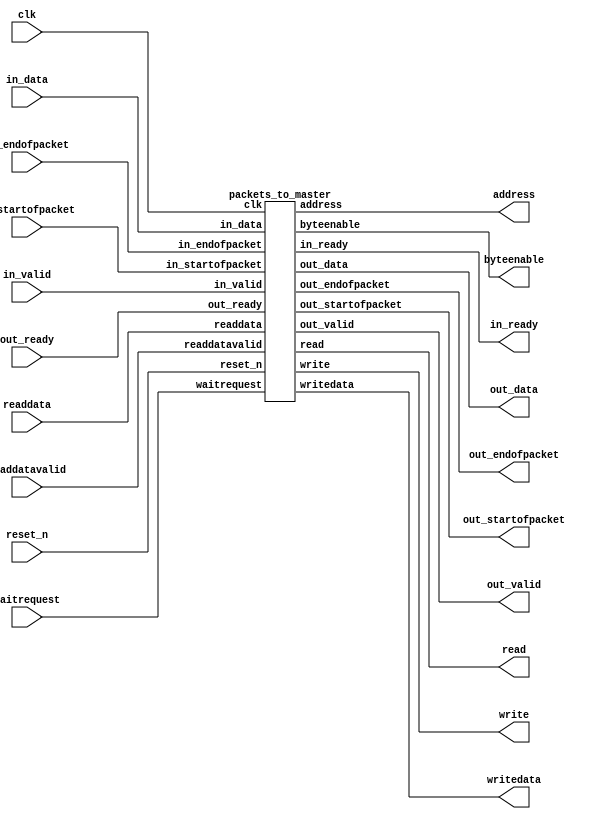
// (C) 2001-2018 Intel Corporation. All rights reserved.
// Your use of Intel Corporation's design tools, logic functions and other 
// software and tools, and its AMPP partner logic functions, and any output 
// files from any of the foregoing (including device programming or simulation 
// files), and any associated documentation or information are expressly subject 
// to the terms and conditions of the Intel Program License Subscription 
// Agreement, Intel FPGA IP License Agreement, or other applicable 
// license agreement, including, without limitation, that your use is for the 
// sole purpose of programming logic devices manufactured by Intel and sold by 
// Intel or its authorized distributors.  Please refer to the applicable 
// agreement for further details.


// --------------------------------------------------------------------------------
//| Avalon ST Packets to MM Master Transaction Component
// --------------------------------------------------------------------------------

`timescale 1ns / 100ps
// --------------------------------------------------------------------------------
//| Fast Transaction Master
// --------------------------------------------------------------------------------
module altera_avalon_packets_to_master (
    // Interface: clk
      input wire             clk,
      input wire             reset_n,
      // Interface: ST in
      output wire         in_ready,
      input  wire         in_valid,
      input  wire [ 7: 0] in_data,
      input  wire         in_startofpacket,
      input  wire         in_endofpacket,

      // Interface: ST out 
      input  wire         out_ready,
      output wire         out_valid,
      output wire [ 7: 0] out_data,
      output wire         out_startofpacket,
      output wire         out_endofpacket,

      // Interface: MM out
      output wire [31: 0] address,
      input  wire [31: 0] readdata,
      output wire         read,
      output wire         write,
      output wire [ 3: 0] byteenable,
      output wire [31: 0] writedata,
      input  wire         waitrequest,
      input  wire         readdatavalid
);

    wire [ 35: 0] fifo_readdata;
    wire          fifo_read;
    wire          fifo_empty;
    wire [ 35: 0] fifo_writedata;
    wire          fifo_write;
    wire          fifo_write_waitrequest;
    
   // ---------------------------------------------------------------------
   //| Parameter Declarations
   // ---------------------------------------------------------------------
   parameter EXPORT_MASTER_SIGNALS = 0;
   parameter FIFO_DEPTHS           = 2;
   parameter FIFO_WIDTHU           = 1;
   parameter FAST_VER              = 0;
   
   generate
       if (FAST_VER) begin
            packets_to_fifo p2f (
                .clk                 (clk),
                .reset_n             (reset_n),
                .in_ready            (in_ready),
                .in_valid            (in_valid),
                .in_data             (in_data),
                .in_startofpacket    (in_startofpacket),
                .in_endofpacket      (in_endofpacket),
                .address             (address),
                .readdata            (readdata),
                .read                (read),
                .write               (write),
                .byteenable          (byteenable),
                .writedata           (writedata),
                .waitrequest         (waitrequest),
                .readdatavalid       (readdatavalid),
                .fifo_writedata      (fifo_writedata),
                .fifo_write          (fifo_write),
                .fifo_write_waitrequest (fifo_write_waitrequest)
            );
            
            fifo_to_packet f2p (
                .clk                 (clk),
                .reset_n             (reset_n),
                .out_ready           (out_ready),
                .out_valid           (out_valid),
                .out_data            (out_data),
                .out_startofpacket   (out_startofpacket),
                .out_endofpacket     (out_endofpacket),
                .fifo_readdata       (fifo_readdata),
                .fifo_read           (fifo_read),
                .fifo_empty          (fifo_empty)
            );
            
            fifo_buffer #(
                .FIFO_DEPTHS(FIFO_DEPTHS),
                .FIFO_WIDTHU(FIFO_WIDTHU)
            ) fb (
                .wrclock                          (clk),
                .reset_n                          (reset_n),
                .avalonmm_write_slave_writedata   (fifo_writedata),  
                .avalonmm_write_slave_write       (fifo_write),      
                .avalonmm_write_slave_waitrequest (fifo_write_waitrequest),
                .avalonmm_read_slave_readdata     (fifo_readdata),  
                .avalonmm_read_slave_read         (fifo_read),      
                .avalonmm_read_slave_waitrequest  (fifo_empty)
            );
       end else begin
           packets_to_master p2m (
                .clk                 (clk),
                .reset_n             (reset_n),
                .in_ready            (in_ready),
                .in_valid            (in_valid),
                .in_data             (in_data),
                .in_startofpacket    (in_startofpacket),
                .in_endofpacket      (in_endofpacket),
                .address             (address),
                .readdata            (readdata),
                .read                (read),
                .write               (write),
                .byteenable          (byteenable),
                .writedata           (writedata),
                .waitrequest         (waitrequest),
                .readdatavalid       (readdatavalid),
                .out_ready           (out_ready),
                .out_valid           (out_valid),
                .out_data            (out_data),
                .out_startofpacket   (out_startofpacket),
                .out_endofpacket     (out_endofpacket)
            );
       end
   endgenerate
endmodule

module packets_to_fifo (

      // Interface: clk
      input              clk,
      input              reset_n,
      // Interface: ST in
      output reg         in_ready,
      input              in_valid,
      input      [ 7: 0] in_data,
      input              in_startofpacket,
      input              in_endofpacket,

      // Interface: MM out
      output reg [31: 0] address,
      input      [31: 0] readdata,
      output reg         read,
      output reg         write,
      output reg [ 3: 0] byteenable,
      output reg [31: 0] writedata,
      input              waitrequest,
      input              readdatavalid,
      
      // Interface: FIFO
      // FIFO data format:
      // | sop, eop, [1:0]valid, [31:0]data |
      output reg [ 35: 0] fifo_writedata,
      output reg        fifo_write,
      input wire        fifo_write_waitrequest
);

   // ---------------------------------------------------------------------
   //| Command Declarations
   // ---------------------------------------------------------------------
   localparam CMD_WRITE_NON_INCR = 8'h00;
   localparam CMD_WRITE_INCR     = 8'h04;
   localparam CMD_READ_NON_INCR  = 8'h10;
   localparam CMD_READ_INCR      = 8'h14;
   
   // ---------------------------------------------------------------------
   //| Signal Declarations
   // ---------------------------------------------------------------------

   reg  [ 3: 0]  state;
   reg  [ 7: 0]  command;
   reg  [ 1: 0]  current_byte, byte_avail;
   reg  [ 15: 0] counter;
   reg  [ 31: 0] read_data_buffer;
   reg  [ 31: 0] fifo_data_buffer;
   reg           in_ready_0;
   reg           first_trans, last_trans, fifo_sop;
   reg  [ 3: 0]  unshifted_byteenable;
   wire enable;

   localparam READY           = 4'b0000,
              GET_EXTRA       = 4'b0001,
              GET_SIZE1       = 4'b0010,
              GET_SIZE2       = 4'b0011,
              GET_ADDR1       = 4'b0100,
              GET_ADDR2       = 4'b0101,
              GET_ADDR3       = 4'b0110,
              GET_ADDR4       = 4'b0111,
              GET_WRITE_DATA  = 4'b1000,
              WRITE_WAIT      = 4'b1001,
              READ_ASSERT     = 4'b1010,
              READ_CMD_WAIT   = 4'b1011,
              READ_DATA_WAIT  = 4'b1100,
              PUSH_FIFO       = 4'b1101,
              PUSH_FIFO_WAIT  = 4'b1110,
              FIFO_CMD_WAIT   = 4'b1111;
   // ---------------------------------------------------------------------
   //| Thingofamagick
   // ---------------------------------------------------------------------

   assign enable = (in_ready & in_valid);

   always @* begin
      in_ready = in_ready_0;      
   end
   
   always @(posedge clk or negedge reset_n) begin
      if (!reset_n) begin
            in_ready_0          <= 1'b0;
            fifo_writedata      <=  'b0;
            fifo_write          <= 1'b0;
            fifo_sop            <= 1'b0;
            read                <= 1'b0;
            write               <= 1'b0;
            byteenable          <=  'b0;
            writedata           <=  'b0;
            address             <=  'b0;
            counter             <=  'b0;
            command             <=  'b0;
            first_trans         <= 1'b0;
            last_trans          <= 1'b0;
            state               <=  'b0;
            current_byte        <=  'b0;
            read_data_buffer    <=  'b0;
            unshifted_byteenable <= 'b0;
            byte_avail          <=  'b0;
            fifo_data_buffer    <=  'b0;
      end else begin
            address[1:0]      <= 'b0;
            in_ready_0 <= 1'b0;
            
            if (counter > 3)       unshifted_byteenable <= 4'b1111;
            else if (counter == 3) unshifted_byteenable <= 4'b0111;
            else if (counter == 2) unshifted_byteenable <= 4'b0011;
            else if (counter == 1) unshifted_byteenable <= 4'b0001;

            case (state)
              READY : begin
                   in_ready_0        <= !fifo_write_waitrequest;
                   fifo_write        <= 1'b0;
              end
              GET_EXTRA : begin
                   in_ready_0        <= 1'b1;
                   byteenable        <=  'b0;
                   if (enable) state <= GET_SIZE1;
              end

              GET_SIZE1 : begin
                   in_ready_0        <= 1'b1;
                   //load counter on reads only
                   counter[15:8]     <= command[4]?in_data:8'b0;
                   if (enable) state <= GET_SIZE2;
              end

              GET_SIZE2 : begin
                   in_ready_0        <= 1'b1;
                   //load counter on reads only
                   counter[7:0]      <= command[4]?in_data:8'b0;
                   if (enable) state <= GET_ADDR1;
              end
              
              GET_ADDR1 : begin
                in_ready_0        <= 1'b1;
                first_trans       <= 1'b1;
                last_trans        <= 1'b0;
                address[31:24]    <= in_data;
                if (enable) state <= GET_ADDR2;
              end

              GET_ADDR2 : begin
                in_ready_0        <= 1'b1;
                address[23:16]    <= in_data;
                if (enable) state <= GET_ADDR3;
              end

              GET_ADDR3 : begin
                in_ready_0        <= 1'b1;
                address[15:8]     <= in_data;
                if (enable) state <= GET_ADDR4;
              end

              GET_ADDR4 : begin
                in_ready_0        <= 1'b1;
                address[7:2]      <= in_data[7:2];
                current_byte      <= in_data[1:0];
                if (enable) begin
                      if (command == CMD_WRITE_NON_INCR | command == CMD_WRITE_INCR) begin
                        state <= GET_WRITE_DATA; //writes
                        in_ready_0 <= 1'b1;
                      end
                      else if (command == CMD_READ_NON_INCR | command == CMD_READ_INCR) begin
                        state   <= READ_ASSERT; //reads
                        in_ready_0 <= 1'b0;
                      end
                      else begin
                        //nops
                        //treat all unrecognized commands as nops as well
                        in_ready_0          <= 1'b0;
                        state <= FIFO_CMD_WAIT; 
                        //| sop, eop, [1:0]valid, [31:0]data            |
                        //|  1 ,  1 ,  2'b11  ,{counter,reserved_byte}|
                        fifo_writedata[7:0] <= (8'h80 | command);
                        fifo_writedata[35:8]<= {4'b1111,counter[7:0],counter[15:8],8'b0};
                        fifo_write          <= 1'b1;    
                        counter             <= 0;
                      end
                end
              end

              GET_WRITE_DATA : begin
                        in_ready_0 <= 1'b1; 
                        if (enable) begin
                          counter <= counter + 1'b1;
                          //2 bit, should wrap by itself
                          current_byte <= current_byte + 1'b1;
                          if (in_endofpacket || current_byte == 3) 
                          begin
                             in_ready_0 <= 1'b0;
                             write      <= 1'b1;
                             state      <= WRITE_WAIT;
                          end
                        end
                        if (in_endofpacket) begin
                          last_trans <= 1'b1;
                        end
                        // handle byte writes properly
                        // drive data pins based on addresses
                        case (current_byte)
                          0: begin
                            writedata[7:0]   <= in_data;
                            byteenable[0]    <= 1'b1;
                          end
                          1: begin
                            writedata[15:8]  <= in_data;
                            byteenable[1]    <= 1'b1;
                          end
                          2: begin
                            writedata[23:16] <= in_data;
                            byteenable[2]    <= 1'b1;
                          end
                          3: begin
                            writedata[31:24] <= in_data;
                            byteenable[3]    <= 1'b1;
                          end
                        endcase
              end
              WRITE_WAIT : begin
                        in_ready_0 <= 1'b0;
                        write      <= 1'b1;
                        if (~waitrequest) begin
                           write <= 1'b0;
                           state <= GET_WRITE_DATA;
                           in_ready_0 <= 1'b1;
                           byteenable <= 'b0;
                           if (command[2] == 1'b1) begin
                              //increment address, but word-align it
                              address[31:2] <= (address[31:2] + 1'b1);
                           end
                           if (last_trans) begin
                               in_ready_0         <= 1'b0;
                               state <= FIFO_CMD_WAIT;
                               //| sop, eop, [1:0]valid, [31:0]data            |
                               //|  1 ,  1 ,  2'b11  ,{counter,reserved_byte}|
                               fifo_writedata[7:0] <= (8'h80 | command);
                               fifo_writedata[35:8]<= {4'b1111,counter[7:0],counter[15:8],8'b0};
                               fifo_write          <= 1'b1;
                               counter             <= 0;
                           end
                        end
              end
              READ_ASSERT : begin
                            if (current_byte == 3) byteenable <= unshifted_byteenable << 3;
                            if (current_byte == 2) byteenable <= unshifted_byteenable << 2;
                            if (current_byte == 1) byteenable <= unshifted_byteenable << 1;
                            if (current_byte == 0) byteenable <= unshifted_byteenable;
                            read             <= 1'b1;
                            fifo_write       <= 1'b0;
                            state            <= READ_CMD_WAIT;
              end
              READ_CMD_WAIT : begin
                        // number of valid byte
                        case (byteenable)
                            4'b0000 : byte_avail <= 1'b0;
                            4'b0001 : byte_avail <= 1'b0;
                            4'b0010 : byte_avail <= 1'b0;
                            4'b0100 : byte_avail <= 1'b0;
                            4'b1000 : byte_avail <= 1'b0;
                            4'b0011 : byte_avail <= 1'b1;
                            4'b0110 : byte_avail <= 1'b1;
                            4'b1100 : byte_avail <= 1'b1;
                            4'b0111 : byte_avail <= 2'h2;
                            4'b1110 : byte_avail <= 2'h2;
                            default : byte_avail <= 2'h3;
                        endcase
                        read_data_buffer <= readdata;
                        read             <= 1; 
                        // if readdatavalid, take the data and 
                        // go directly to READ_SEND_ISSUE.  This is for fixed
                        // latency slaves. Ignore waitrequest in this case,
                        // since this master does not issue pipelined reads.
                        //
                        // For variable latency slaves, once waitrequest is low
                        // the read command is accepted, so deassert read and
                        // go to READ_DATA_WAIT to wait for readdatavalid 
                        if (readdatavalid) begin
                           state <= PUSH_FIFO;
                           read <= 0;
                        end else begin
                           if (~waitrequest) begin
                               state <= READ_DATA_WAIT;
                               read <= 0;
                           end
                        end
              end
              READ_DATA_WAIT : begin
                        read_data_buffer <= readdata;
                        if (readdatavalid) begin
                            state <= PUSH_FIFO;
                        end
              end              
              PUSH_FIFO : begin
                        fifo_write <= 1'b0;
                        fifo_sop   <= 1'b0;
                        if (first_trans) begin
                            first_trans <= 1'b0;
                            fifo_sop    <= 1'b1;
                        end
                        case (current_byte)
                            3 : begin
                                fifo_data_buffer <= read_data_buffer >> 24;
                                counter <= counter - 1'b1;
                            end
                            2 : begin
                                fifo_data_buffer <= read_data_buffer >> 16;
                                if (counter == 1) counter <= 0;
                                else counter <= counter - 2'h2;
                            end
                            1 : begin
                                fifo_data_buffer <= read_data_buffer >> 8;
                                if (counter < 3) counter <= 0;
                                else counter <= counter - 2'h3;
                            end
                            default : begin
                                fifo_data_buffer <= read_data_buffer;
                                if (counter < 4) counter <= 0;
                                else counter <= counter - 3'h4;
                            end
                        endcase
                        current_byte <= 0;
                        state <= PUSH_FIFO_WAIT;
              end
              PUSH_FIFO_WAIT : begin
                            // pushd return packet with data
                            fifo_write     <= 1'b1;
                            fifo_writedata <= {fifo_sop,(counter == 0)?1'b1:1'b0,byte_avail,fifo_data_buffer};
                            // count down on the number of bytes to read
                            // shift current byte location within word
                            // if increment address, add it, so the next read
                            // can use it, if more reads are required
                            
                            // no more bytes to send - go to READY state
                            if (counter == 0) begin
                                state <= FIFO_CMD_WAIT;
                            end else if (command[2]== 1'b1) begin
                                    //increment address, but word-align it
                                    state <= FIFO_CMD_WAIT;
                                    address[31:2] <= (address[31:2] + 1'b1);
                            end
              end
              FIFO_CMD_WAIT : begin
                        // back pressure if fifo_write_waitrequest
                        if (!fifo_write_waitrequest) begin
                            if (counter == 0) begin
                                state       <= READY;
                            end else begin
                                state <= READ_ASSERT;
                            end
                            fifo_write  <= 1'b0;
                        end
              end
           endcase
           if (enable & in_startofpacket) begin
              state      <= GET_EXTRA;
              command    <= in_data;
              in_ready_0 <= !fifo_write_waitrequest;
           end
      end  // end else
   end  // end always block
endmodule

// --------------------------------------------------------------------------------
// FIFO buffer
// --------------------------------------------------------------------------------
// turn off superfluous verilog processor warnings 
// altera message_level Level1 
// altera message_off 10034 10035 10036 10037 10230 10240 10030 

module fifo_buffer_single_clock_fifo (
                                                   // inputs:
                                                    aclr,
                                                    clock,
                                                    data,
                                                    rdreq,
                                                    wrreq,

                                                   // outputs:
                                                    empty,
                                                    full,
                                                    q
                                                 )
;

  parameter FIFO_DEPTHS = 2;
  parameter FIFO_WIDTHU = 1;

  output           empty;
  output           full;
  output  [ 35: 0] q;
  input            aclr;
  input            clock;
  input   [ 35: 0] data;
  input            rdreq;
  input            wrreq;

  wire             empty;
  wire             full;
  wire    [ 35: 0] q;
  scfifo single_clock_fifo
    (
      .aclr (aclr),
      .clock (clock),
      .data (data),
      .empty (empty),
      .full (full),
      .q (q),
      .rdreq (rdreq),
      .wrreq (wrreq)
    );

  defparam single_clock_fifo.add_ram_output_register = "OFF",
           single_clock_fifo.lpm_numwords = FIFO_DEPTHS,
           single_clock_fifo.lpm_showahead = "OFF",
           single_clock_fifo.lpm_type = "scfifo",
           single_clock_fifo.lpm_width = 36,
           single_clock_fifo.lpm_widthu = FIFO_WIDTHU,
           single_clock_fifo.overflow_checking = "ON",
           single_clock_fifo.underflow_checking = "ON",
           single_clock_fifo.use_eab = "OFF";


endmodule



// turn off superfluous verilog processor warnings 
// altera message_level Level1 
// altera message_off 10034 10035 10036 10037 10230 10240 10030 

module fifo_buffer_scfifo_with_controls (
                                                      // inputs:
                                                       clock,
                                                       data,
                                                       rdreq,
                                                       reset_n,
                                                       wrreq,

                                                      // outputs:
                                                       empty,
                                                       full,
                                                       q
                                                    )
;

  parameter FIFO_DEPTHS = 2;
  parameter FIFO_WIDTHU = 1;
  
  output           empty;
  output           full;
  output  [ 35: 0] q;
  input            clock;
  input   [ 35: 0] data;
  input            rdreq;
  input            reset_n;
  input            wrreq;

  wire             empty;
  wire             full;
  wire    [ 35: 0] q;
  wire             wrreq_valid;
  //the_scfifo, which is an e_instance
  fifo_buffer_single_clock_fifo #(
            .FIFO_DEPTHS(FIFO_DEPTHS),
            .FIFO_WIDTHU(FIFO_WIDTHU)
  ) the_scfifo (
      .aclr  (~reset_n),
      .clock (clock),
      .data  (data),
      .empty (empty),
      .full  (full),
      .q     (q),
      .rdreq (rdreq),
      .wrreq (wrreq_valid)
    );

  assign wrreq_valid = wrreq & ~full;

endmodule

// turn off superfluous verilog processor warnings 
// altera message_level Level1 
// altera message_off 10034 10035 10036 10037 10230 10240 10030 

module fifo_buffer (
                                 // inputs:
                                  avalonmm_read_slave_read,
                                  avalonmm_write_slave_write,
                                  avalonmm_write_slave_writedata,
                                  reset_n,
                                  wrclock,

                                 // outputs:
                                  avalonmm_read_slave_readdata,
                                  avalonmm_read_slave_waitrequest,
                                  avalonmm_write_slave_waitrequest
                               )
;

  parameter FIFO_DEPTHS = 2;
  parameter FIFO_WIDTHU = 1;


  output  [ 35: 0] avalonmm_read_slave_readdata;
  output           avalonmm_read_slave_waitrequest;
  output           avalonmm_write_slave_waitrequest;
  input            avalonmm_read_slave_read;
  input            avalonmm_write_slave_write;
  input   [ 35: 0] avalonmm_write_slave_writedata;
  input            reset_n;
  input            wrclock;

  wire    [ 35: 0] avalonmm_read_slave_readdata;
  wire             avalonmm_read_slave_waitrequest;
  wire             avalonmm_write_slave_waitrequest;
  wire             clock;
  wire    [ 35: 0] data;
  wire             empty;
  wire             full;
  wire    [ 35: 0] q;
  wire             rdreq;
  wire             wrreq;
  //the_scfifo_with_controls, which is an e_instance
  fifo_buffer_scfifo_with_controls #(
      .FIFO_DEPTHS(FIFO_DEPTHS),
      .FIFO_WIDTHU(FIFO_WIDTHU)
  ) the_scfifo_with_controls
    (
      .clock   (clock),
      .data    (data),
      .empty   (empty),
      .full    (full),
      .q       (q),
      .rdreq   (rdreq),
      .reset_n (reset_n),
      .wrreq   (wrreq)
    );

  //in, which is an e_avalon_slave
  //out, which is an e_avalon_slave
  assign data = avalonmm_write_slave_writedata;
  assign wrreq = avalonmm_write_slave_write;
  assign avalonmm_read_slave_readdata = q;
  assign rdreq = avalonmm_read_slave_read;
  assign clock = wrclock;
  assign avalonmm_write_slave_waitrequest = full;
  assign avalonmm_read_slave_waitrequest = empty;

endmodule

// --------------------------------------------------------------------------------
// fifo_buffer to Avalon-ST interface
// --------------------------------------------------------------------------------

module fifo_to_packet (

      // Interface: clk
      input              clk,
      input              reset_n,

      // Interface: ST out
      input              out_ready,
      output reg         out_valid,
      output reg [ 7: 0] out_data,
      output reg         out_startofpacket,
      output reg         out_endofpacket,

      // Interface: FIFO in
      input  [ 35: 0]    fifo_readdata,
      output reg         fifo_read,
      input              fifo_empty 
);

reg [ 1: 0]     state;
reg             enable, sent_all;
reg [ 1: 0]     current_byte, byte_end;
reg             first_trans, last_trans;
reg [ 23:0]     fifo_data_buffer;

localparam    POP_FIFO        = 2'b00,
              POP_FIFO_WAIT   = 2'b01,
              FIFO_DATA_WAIT  = 2'b10,
              READ_SEND_ISSUE = 2'b11;

always @* begin
      enable = (!fifo_empty & sent_all);
end
          
always @(posedge clk or negedge reset_n) begin
          if (!reset_n) begin
                fifo_data_buffer  <=  'b0;
                out_startofpacket <= 1'b0;
                out_endofpacket   <= 1'b0;
                out_valid         <= 1'b0;
                out_data          <=  'b0;
                state             <=  'b0;
                fifo_read         <= 1'b0;
                current_byte      <=  'b0;
                byte_end          <=  'b0;
                first_trans       <= 1'b0;
                last_trans        <= 1'b0;
                sent_all          <= 1'b1;
          end else begin
                if (out_ready) begin
                  out_startofpacket <= 1'b0;
                  out_endofpacket   <= 1'b0;
                end
                
                case (state)
                  POP_FIFO : begin
                            if (out_ready) begin
                                out_startofpacket   <= 1'b0;
                                out_endofpacket     <= 1'b0;
                                out_valid           <= 1'b0;
                                first_trans         <= 1'b0;
                                last_trans          <= 1'b0;
                                byte_end            <=  'b0;
                                fifo_read           <= 1'b0;
                                sent_all            <= 1'b1;
                            end
                            // start poping fifo after all data sent and data available
                            if (enable) begin   
                                fifo_read       <= 1'b1;
                                out_valid       <= 1'b0;
                                state           <= POP_FIFO_WAIT;
                            end
                  end
                  POP_FIFO_WAIT : begin
                  //fifo latency of 1
                                fifo_read               <= 1'b0;
                                state                   <= FIFO_DATA_WAIT;
                  end
                  FIFO_DATA_WAIT : begin
                                sent_all                <= 1'b0;
                                first_trans             <= fifo_readdata[35];
                                last_trans              <= fifo_readdata[34];
                                out_data                <= fifo_readdata[7:0];
                                fifo_data_buffer        <= fifo_readdata[31:8];
                                byte_end                <= fifo_readdata[33:32];
                                current_byte            <= 1'b1;
                                out_valid               <= 1'b1;
                                
                                // first byte sop eop handling
                                if (fifo_readdata[35] & fifo_readdata[34] & (fifo_readdata[33:32] == 0)) begin
                                    first_trans         <= 1'b0;
                                    last_trans          <= 1'b0;
                                    out_startofpacket   <= 1'b1;
                                    out_endofpacket     <= 1'b1;
                                    state <= POP_FIFO;
                                end else if (fifo_readdata[35] & (fifo_readdata[33:32] == 0)) begin
                                    first_trans         <= 1'b0;
                                    out_startofpacket   <= 1'b1;
                                    state               <= POP_FIFO;
                                end else if (fifo_readdata[35]) begin
                                   first_trans          <= 1'b0;
                                   out_startofpacket    <= 1'b1;
                                   state <= READ_SEND_ISSUE;
                                end else if (fifo_readdata[34] & (fifo_readdata[33:32] == 0)) begin
                                    last_trans          <= 1'b0;
                                    out_endofpacket     <= 1'b1;
                                    state               <= POP_FIFO;
                                end else begin
                                    state               <= READ_SEND_ISSUE;
                                end
                                
                  end
                  READ_SEND_ISSUE : begin
                            out_valid         <= 1'b1;
                            sent_all          <= 1'b0;
                            
                            if (out_ready) begin
                                out_startofpacket <= 1'b0;
                                // last byte
                                if (last_trans & (current_byte == byte_end)) begin
                                        last_trans      <= 1'b0;
                                        out_endofpacket <= 1'b1;
                                        state           <= POP_FIFO;
                                end
                                case (current_byte)
                                       3: begin
                                          out_data <= fifo_data_buffer[23:16];
                                       end
                                       2: begin
                                          out_data <= fifo_data_buffer[15:8];
                                       end
                                       1: begin
                                          out_data <= fifo_data_buffer[7:0];
                                       end
                                       default: begin
                                          //out_data        <= fifo_readdata[7:0];
                                       end
                                endcase
                                current_byte <= current_byte + 1'b1;
                                if (current_byte == byte_end) begin
                                    state <= POP_FIFO;
                                end else begin
                                    state <= READ_SEND_ISSUE;
                                end
                            end
                  end
                endcase
          end
    end
endmodule

// --------------------------------------------------------------------------------
//| Economy Transaction Master
// --------------------------------------------------------------------------------
module packets_to_master (

      // Interface: clk
      input              clk,
      input              reset_n,
      // Interface: ST in
      output reg         in_ready,
      input              in_valid,
      input      [ 7: 0] in_data,
      input              in_startofpacket,
      input              in_endofpacket,

      // Interface: ST out 
      input              out_ready,
      output reg         out_valid,
      output reg [ 7: 0] out_data,
      output reg         out_startofpacket,
      output reg         out_endofpacket,

      // Interface: MM out
      output reg [31: 0] address,
      input      [31: 0] readdata,
      output reg         read,
      output reg         write,
      output reg [ 3: 0] byteenable,
      output reg [31: 0] writedata,
      input              waitrequest,
      input              readdatavalid
      
);

   // ---------------------------------------------------------------------
   //| Parameter Declarations
   // ---------------------------------------------------------------------
   parameter EXPORT_MASTER_SIGNALS = 0;

   // ---------------------------------------------------------------------
   //| Command Declarations
   // ---------------------------------------------------------------------
   localparam CMD_WRITE_NON_INCR = 8'h00;
   localparam CMD_WRITE_INCR     = 8'h04;
   localparam CMD_READ_NON_INCR  = 8'h10;
   localparam CMD_READ_INCR      = 8'h14;
   
   // ---------------------------------------------------------------------
   //| Signal Declarations
   // ---------------------------------------------------------------------

   reg  [ 3: 0]  state;
   reg  [ 7: 0]  command;
   reg  [ 1: 0]  current_byte; //, result_byte;
   reg  [ 15: 0] counter;
   reg  [ 23: 0] read_data_buffer;
   reg           in_ready_0;
   reg           first_trans, last_trans;
   reg  [ 3: 0]  unshifted_byteenable;
   wire enable;

   localparam READY          = 4'b0000, 
              GET_EXTRA      = 4'b0001,
              GET_SIZE1      = 4'b0010,
              GET_SIZE2      = 4'b0011,
              GET_ADDR1      = 4'b0100,
              GET_ADDR2      = 4'b0101,
              GET_ADDR3      = 4'b0110,
              GET_ADDR4      = 4'b0111,
              GET_WRITE_DATA = 4'b1000,      
              WRITE_WAIT     = 4'b1001,
              RETURN_PACKET  = 4'b1010,
              READ_ASSERT    = 4'b1011,
              READ_CMD_WAIT  = 4'b1100,
              READ_DATA_WAIT = 4'b1101,
              READ_SEND_ISSUE= 4'b1110,
              READ_SEND_WAIT = 4'b1111;
   
   
   // ---------------------------------------------------------------------
   //| Thingofamagick
   // ---------------------------------------------------------------------

   assign enable = (in_ready & in_valid);

   always @*
//      in_ready = in_ready_0 & out_ready;
      in_ready = in_ready_0;
   
   always @(posedge clk or negedge reset_n) begin
      if (!reset_n) begin
            in_ready_0        <= 1'b0;
            out_startofpacket <= 1'b0;
            out_endofpacket   <= 1'b0;
            out_valid         <= 1'b0;
            out_data          <=  'b0;
            read              <= 1'b0;
            write             <= 1'b0;
            byteenable        <=  'b0;
            writedata         <=  'b0;
            address           <=  'b0;
            counter           <=  'b0;
            command           <=  'b0;
            first_trans       <= 1'b0;
            last_trans        <= 1'b0;
            state             <= 'b0;
            current_byte      <= 'b0;
          //  result_byte       <= 'b0;
            read_data_buffer  <= 'b0;
            unshifted_byteenable <= 'b0;
      end else begin
            address[1:0]      <= 'b0;
 
            if (out_ready) begin
              out_startofpacket <= 1'b0;
              out_endofpacket   <= 1'b0;
              out_valid         <= 1'b0;
            end
            in_ready_0 <= 1'b0;
            
            if (counter >= 3)      unshifted_byteenable <= 4'b1111;
            else if (counter == 3) unshifted_byteenable <= 4'b0111;
            else if (counter == 2) unshifted_byteenable <= 4'b0011;
            else if (counter == 1) unshifted_byteenable <= 4'b0001;

            case (state)
              READY : begin
                   out_valid         <= 1'b0;
                   in_ready_0        <= 1'b1;
              end
              GET_EXTRA : begin
                   in_ready_0        <= 1'b1;
                   byteenable        <=  'b0;
                   if (enable) state <= GET_SIZE1;
              end

              GET_SIZE1 : begin
                   in_ready_0        <= 1'b1;
                   //load counter on reads only
                   counter[15:8]     <= command[4]?in_data:8'b0;
                   if (enable) state <= GET_SIZE2;
              end

              GET_SIZE2 : begin
                   in_ready_0        <= 1'b1;
                   //load counter on reads only
                   counter[7:0]      <= command[4]?in_data:8'b0;
                   if (enable) state <= GET_ADDR1;
              end
              
              GET_ADDR1 : begin
                in_ready_0        <= 1'b1;
                first_trans       <= 1'b1;
                last_trans        <= 1'b0;
                address[31:24]    <= in_data;
                if (enable) state <= GET_ADDR2;
              end

              GET_ADDR2 : begin
                in_ready_0        <= 1'b1;
                address[23:16]    <= in_data;
                if (enable) state <= GET_ADDR3;
              end

              GET_ADDR3 : begin
                in_ready_0        <= 1'b1;
                address[15:8]     <= in_data;
                if (enable) state <= GET_ADDR4;
              end

              GET_ADDR4 : begin
                in_ready_0        <= 1'b1;
                address[7:2]      <= in_data[7:2];
                current_byte      <= in_data[1:0];
                if (enable) begin
                      if (command == CMD_WRITE_NON_INCR | command == CMD_WRITE_INCR) begin
                        state <= GET_WRITE_DATA; //writes
                        in_ready_0 <= 1'b1;
                      end
                      else if (command == CMD_READ_NON_INCR | command == CMD_READ_INCR) begin
                        state   <= READ_ASSERT; //reads
                        in_ready_0 <= 1'b0;
                      end
                      else begin
                        //nops
                        //treat all unrecognized commands as nops as well
                        state <= RETURN_PACKET; 
                        out_startofpacket <= 1'b1;
                        out_data <= (8'h80 | command);
                        out_valid <= 1'b1;
                        current_byte <= 'h0;
                        in_ready_0 <= 1'b0;
                      end
                end
              end

              GET_WRITE_DATA : begin
                        in_ready_0 <= 1; 
                        if (enable) begin
                          counter <= counter + 1'b1;
                          //2 bit, should wrap by itself
                          current_byte <= current_byte + 1'b1;
                          if (in_endofpacket || current_byte == 3) 
                          begin
                             in_ready_0 <= 0;
                             write      <= 1'b1;
                             state      <= WRITE_WAIT;
                          end
                        end
                        if (in_endofpacket) begin
                          last_trans <= 1'b1;
                        end
                        // handle byte writes properly
                        // drive data pins based on addresses
                        case (current_byte)
                          0: begin
                            writedata[7:0]   <= in_data;
                            byteenable[0]    <= 1;
                          end
                          1: begin
                            writedata[15:8]  <= in_data;
                            byteenable[1]    <= 1;
                          end
                          2: begin
                            writedata[23:16] <= in_data;
                            byteenable[2]    <= 1;
                          end
                          3: begin
                            writedata[31:24] <= in_data;
                            byteenable[3]    <= 1;
                          end
                        endcase
              end

              WRITE_WAIT : begin
                        in_ready_0 <= 0;
                        write      <= 1'b1;
                        if (~waitrequest) begin
                           write <= 1'b0;
                           state <= GET_WRITE_DATA;
                           in_ready_0 <= 1;
                           byteenable <= 'b0;
                           if (command[2] == 1'b1) begin
                              //increment address, but word-align it
                              address[31:2] <= (address[31:2] + 1'b1);
                           end
                           if (last_trans) begin
                              state <= RETURN_PACKET;
                              out_startofpacket <= 1'b1;
                              out_data <= (8'h80 | command);
                              out_valid <= 1'b1;
                              current_byte <= 'h0;
                              in_ready_0 <= 1'b0;
                           end
                        end
              end
              
              RETURN_PACKET : begin
                        out_valid <= 1'b1;
                        if (out_ready) begin
                           case (current_byte)
                          //   0: begin
                          //     out_startofpacket <= 1'b1;
                          //     out_data <= (8'h80 | command);
                          //   end
                             0: begin
                               out_data <= 8'b0;
                             end
                             1: begin
                               out_data <= counter[15:8];
                             end
                             2: begin
                               out_endofpacket <= 1'b1;
                               out_data <= counter[7:0];
                             end
                             default: begin
                          //     out_data <= 8'b0;
                          //     out_startofpacket <= 1'b0;
                          //     out_endofpacket <= 1'b0;
                             end
                           endcase
                           current_byte <= current_byte + 1'b1;
                           if (current_byte == 3) begin
                              state     <= READY;
                              out_valid <= 1'b0;
                           end
                           else                   state     <= RETURN_PACKET;
                        end
              end
              READ_ASSERT : begin
                        if (current_byte == 3) byteenable <= unshifted_byteenable << 3;
                        if (current_byte == 2) byteenable <= unshifted_byteenable << 2;
                        if (current_byte == 1) byteenable <= unshifted_byteenable << 1;
                        if (current_byte == 0) byteenable <= unshifted_byteenable;
//                        byteenable <= unshifted_byteenable << current_byte;
                        read             <= 1;
                        state            <= READ_CMD_WAIT;
              end
              READ_CMD_WAIT : begin
                        read_data_buffer <= readdata[31:8];
                        out_data         <= readdata[7:0];
                        read             <= 1; 
                        // if readdatavalid, take the data and 
                        // go directly to READ_SEND_ISSUE.  This is for fixed
                        // latency slaves. Ignore waitrequest in this case,
                        // since this master does not issue pipelined reads.
                        //
                        // For variable latency slaves, once waitrequest is low
                        // the read command is accepted, so deassert read and
                        // go to READ_DATA_WAIT to wait for readdatavalid 
                        if (readdatavalid) begin
                           state <= READ_SEND_ISSUE;
                           read <= 0;
                        end else begin
                           if (~waitrequest) begin
                               state <= READ_DATA_WAIT;
                               read <= 0;
                           end
                        end
              end
              READ_DATA_WAIT : begin
                        read_data_buffer <= readdata[31:8];
                        out_data         <= readdata[7:0];
                        if (readdatavalid) begin
                            state <= READ_SEND_ISSUE;
                        end
              end
              READ_SEND_ISSUE : begin
                        out_valid <= 1'b1;
                        out_startofpacket <= 'h0;
                        out_endofpacket   <= 'h0;
                        if (counter == 1) begin
                           out_endofpacket <= 1'b1;
                        end 
                        if (first_trans) begin
                           first_trans <= 1'b0;
                           out_startofpacket <= 1'b1;
                        end
                        case (current_byte)
                          3: begin
                             out_data        <= read_data_buffer[23:16];
                          end
                          2: begin
                             out_data        <= read_data_buffer[15:8];
                          end
                          1: begin
                             out_data        <= read_data_buffer[7:0];
                          end
                          default: begin
                             out_data        <= out_data; 
                          end
                        endcase
                        state <= READ_SEND_WAIT;
              end
              READ_SEND_WAIT : begin
                        out_valid <= 1'b1;
                        if (out_ready) begin
                           counter <= counter - 1'b1;
                           current_byte <= current_byte + 1'b1;
                           out_valid <= 1'b0;
                           // count down on the number of bytes to read
                           // shift current byte location within word
                           // if increment address, add it, so the next read
                           // can use it, if more reads are required
                           
                           // no more bytes to send - go to READY state
                           if (counter == 1) begin
                              state <= READY;
                           // end of current word, but we have more bytes to
                           // read - go back to READ_ASSERT
                           end else if (current_byte == 3) begin
                              if (command[2] == 1'b1) begin
                                 //increment address, but word-align it
                                 address[31:2] <= (address[31:2] + 1'b1);
                              end
                              state <= READ_ASSERT;
                           // continue sending current word
                           end else begin
                              state <= READ_SEND_ISSUE;
                           end
                           //maybe add in_ready_0 here so we are ready to go
                           //right away
                        end 
              end
           endcase
           if (enable & in_startofpacket) begin
              state <= GET_EXTRA;
              command           <= in_data;
              in_ready_0 <= 1'b1;
           end
      end  // end else
   end  // end always block
endmodule